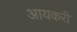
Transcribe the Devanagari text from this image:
आयकरी